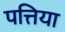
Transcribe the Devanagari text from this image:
पत्तिया